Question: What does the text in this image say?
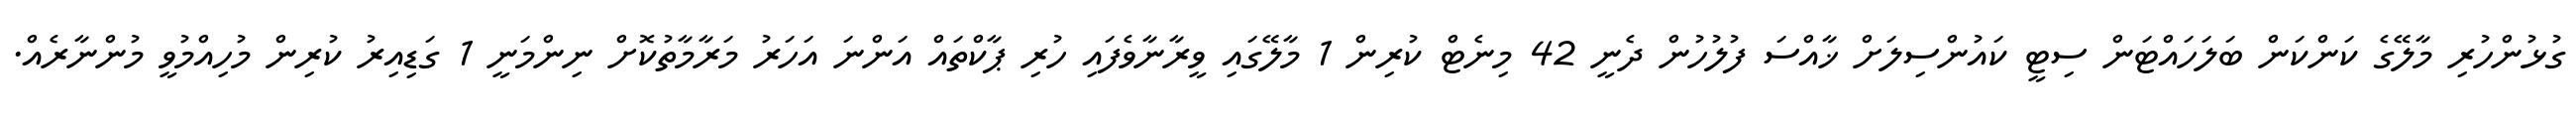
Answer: ގުޅުންހުރި މާލޭގެ ކަންކަން ބަލަހައްޓަން ސިޓީ ކައުންސިލަށް ޚާއްސަ ފުލުހުން ދެނީ 42 މިނެޓް ކުރިން 1 މާލޭގައި ވީރާނާވެފައި ހުރި ޕާކްތައް އަންނަ އަހަރު މަރާމާތުކޮށް ނިންމަނީ 1 ގަޑިއިރު ކުރިން މުހިއްމުވީ މުންނާރެއް.